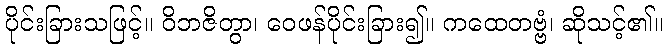
ပိုင်းခြားသဖြင့်။ ဝိဘဇိတွာ၊ ဝေဖန်ပိုင်းခြား၍။ ကထေတဗ္ဗံ၊ ဆိုသင့်၏။